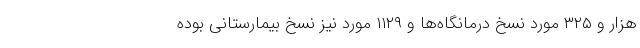
هزار و ۳۲۵ مورد نسخ درمانگاه‌ها و ۱۱۲۹ مورد نیز نسخ بیمارستانی بوده